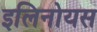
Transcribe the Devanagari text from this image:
इलिनोयस